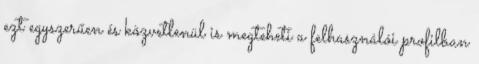
ezt egyszerűen és közvetlenül is megteheti a felhasználói profilban